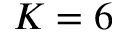
K = 6